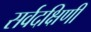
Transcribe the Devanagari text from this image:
सर्वदक्षिणी